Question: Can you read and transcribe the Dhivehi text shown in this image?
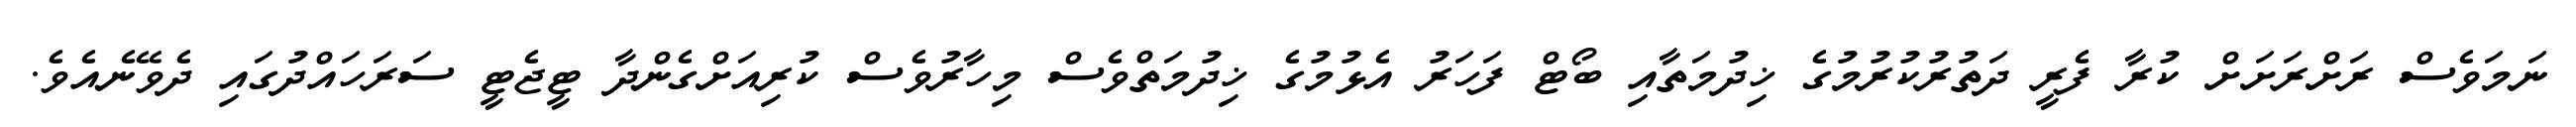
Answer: ނަމަވެސް ރަށްރަށަށް ކުރާ ފެރީ ދަތުރުކުރުމުގެ ޚިދުމަތާއި ބޯޓް ފަހަރު އެޅުމުގެ ޚިދުމަތްވެސް މިހާރުވެސް ކުރިއަށްގެންދާ ޓީޖެޓީ ސަރަހައްދުގައި ދެވޭނެއެވެ.